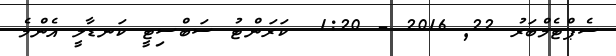
ސެޕްޓެމްބަރު 22